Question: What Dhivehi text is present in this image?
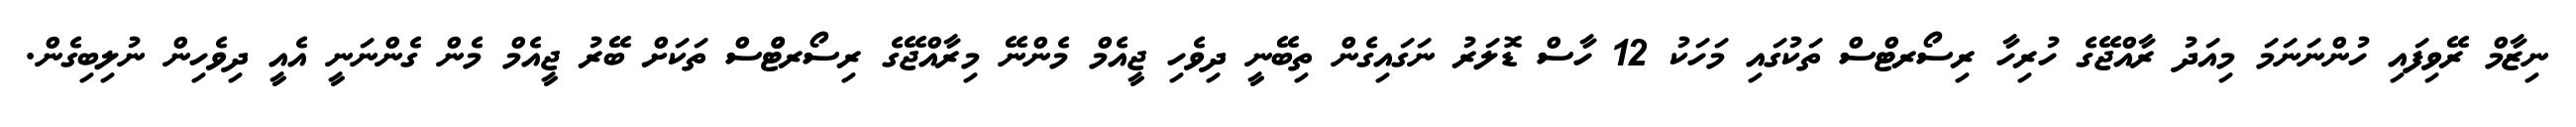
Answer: ނިޒާމް ރޭވިފައި ހުންނަނަމަ މިއަދު ރާއްޖޭގެ ހުރިހާ ރިސޯރޓްސް ތަކުގައި މަހަކު 12 ހާސް ޑޮލަރު ނަގައިގެން ތިބޭނީ ދިވެހި ޖީއެމް މެންނޭ މިރާއްޖޭގެ ރިސޯރޓްްސް ތަކަށް ބޭރު ޖީއެމް މެން ގެންނަނީ އެއީ ދިވެހިން ނުލިބިގެން.